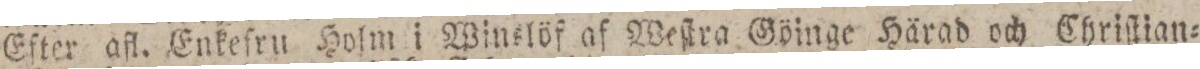
Efter afl. Enkefru Holm i Winslöf af Weſtra Göinge Härad och Chriſtian=